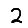
Digit: 2